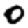
Digit: 0